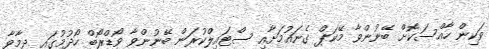
ވަކިން ހާއްސަކޮށް ބޭނުންވާ މޭކަޕް ގެނައުމަށާއި ސްޓައިލްކުރަން ބޭނުންވާ ވޯޑްރޯބް ހޯދުމުގައި ދިމާވާ